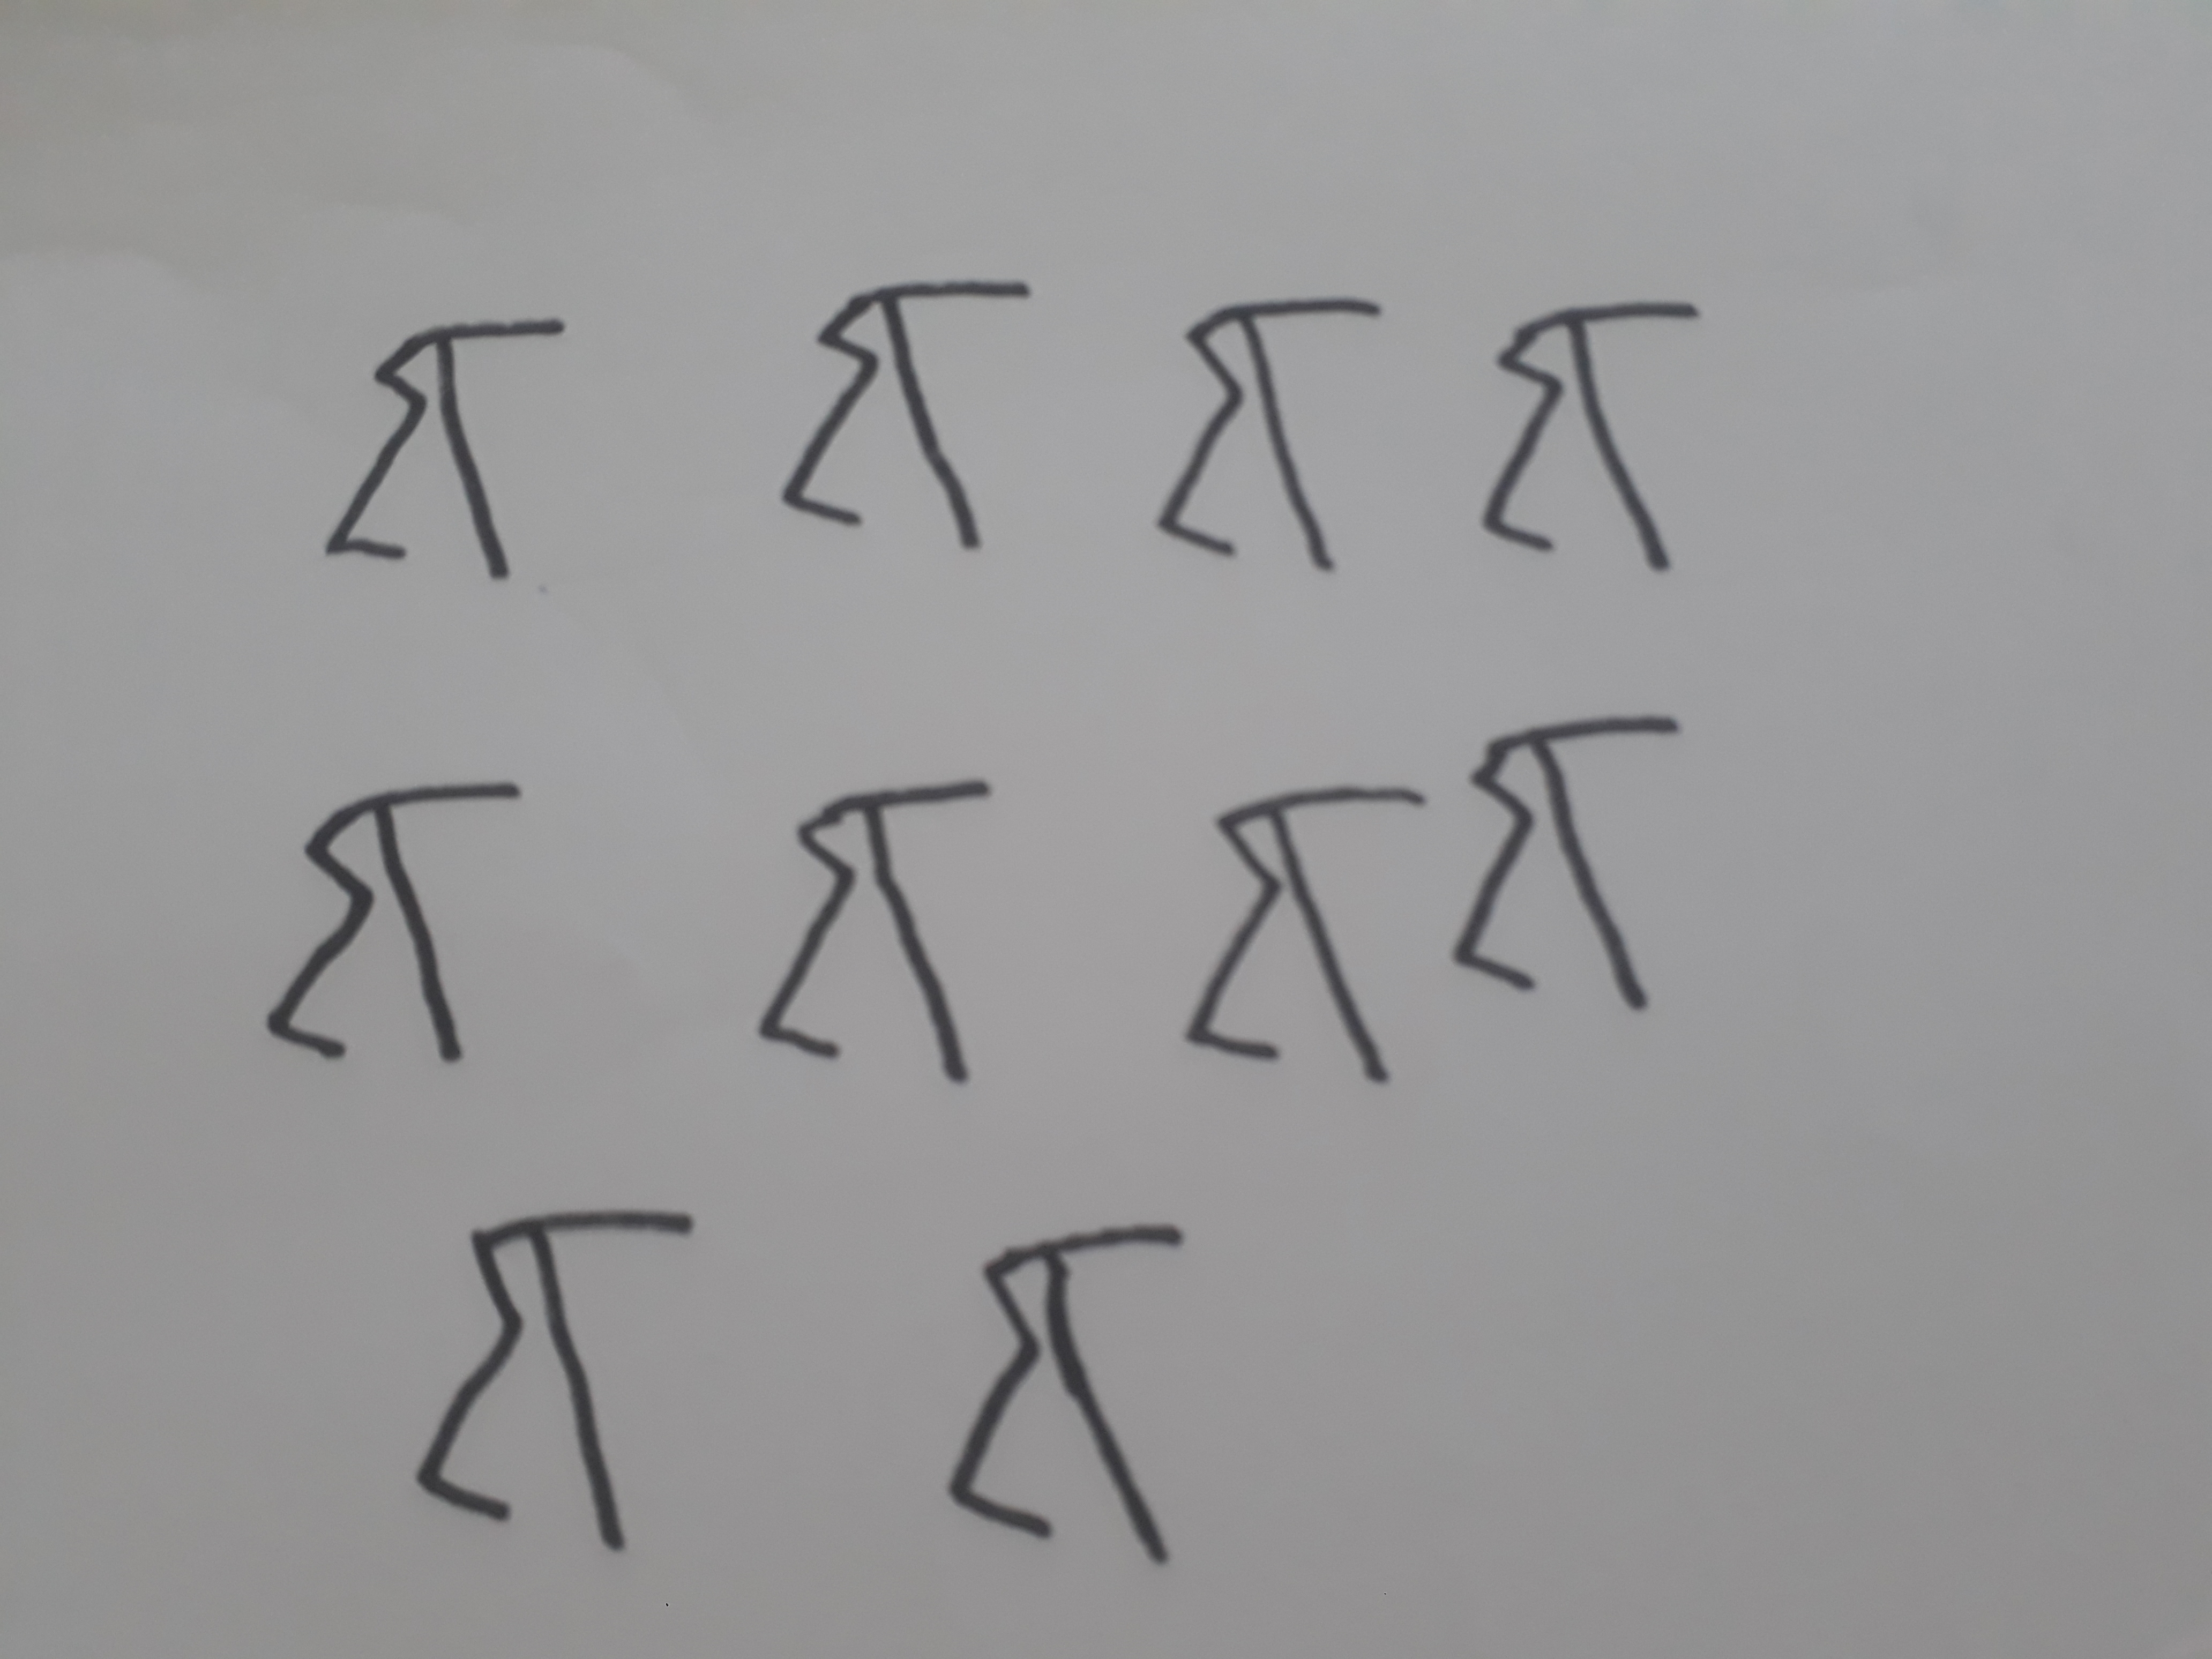
Signature authenticity: forged